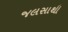
જલસાથી